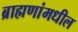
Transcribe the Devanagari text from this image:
ब्राह्मणांमधील